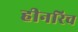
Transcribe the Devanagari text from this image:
हीनरिच